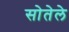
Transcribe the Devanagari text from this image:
सोतेले